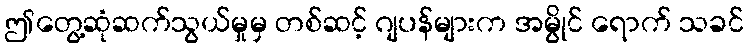
ဤတွေ့ဆုံဆက်သွယ်မှုမှ တစ်ဆင့် ဂျပန်များက အမွိုင် ရောက် သခင်